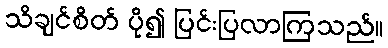
သိချင်စိတ် ပို၍ ပြင်းပြလာကြသည်။